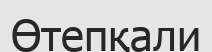
Өтепқали